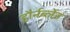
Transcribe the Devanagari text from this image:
हौर्नब्लेंड